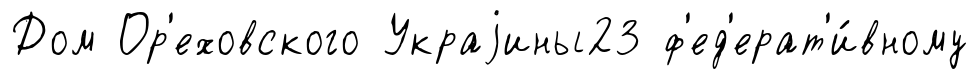
Дом Ор'еховского Украjины23 ф'ед'ерат'и́вному